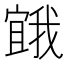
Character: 𭔒